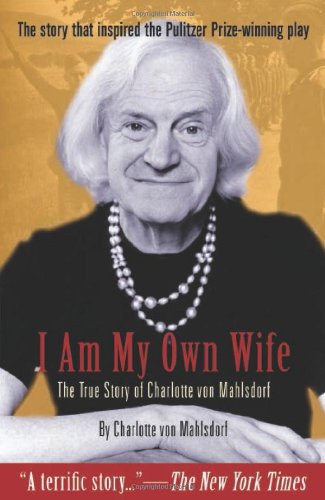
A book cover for I Am My Own Wife: The True Story of Charlotte von Mahlsdorf; Charlotte von Mahlsdorf; Gay & Lesbian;